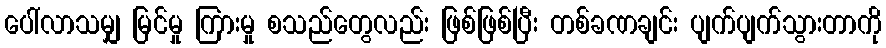
ပေါ်လာသမျှ မြင်မှု ကြားမှု စသည်တွေလည်း ဖြစ်ဖြစ်ပြီး တစ်ခဏချင်း ပျက်ပျက်သွားတာကို